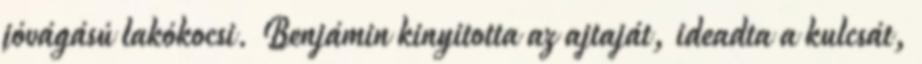
jóvágású lakókocsi. Benjámin kinyitotta az ajtaját, ideadta a kulcsát,